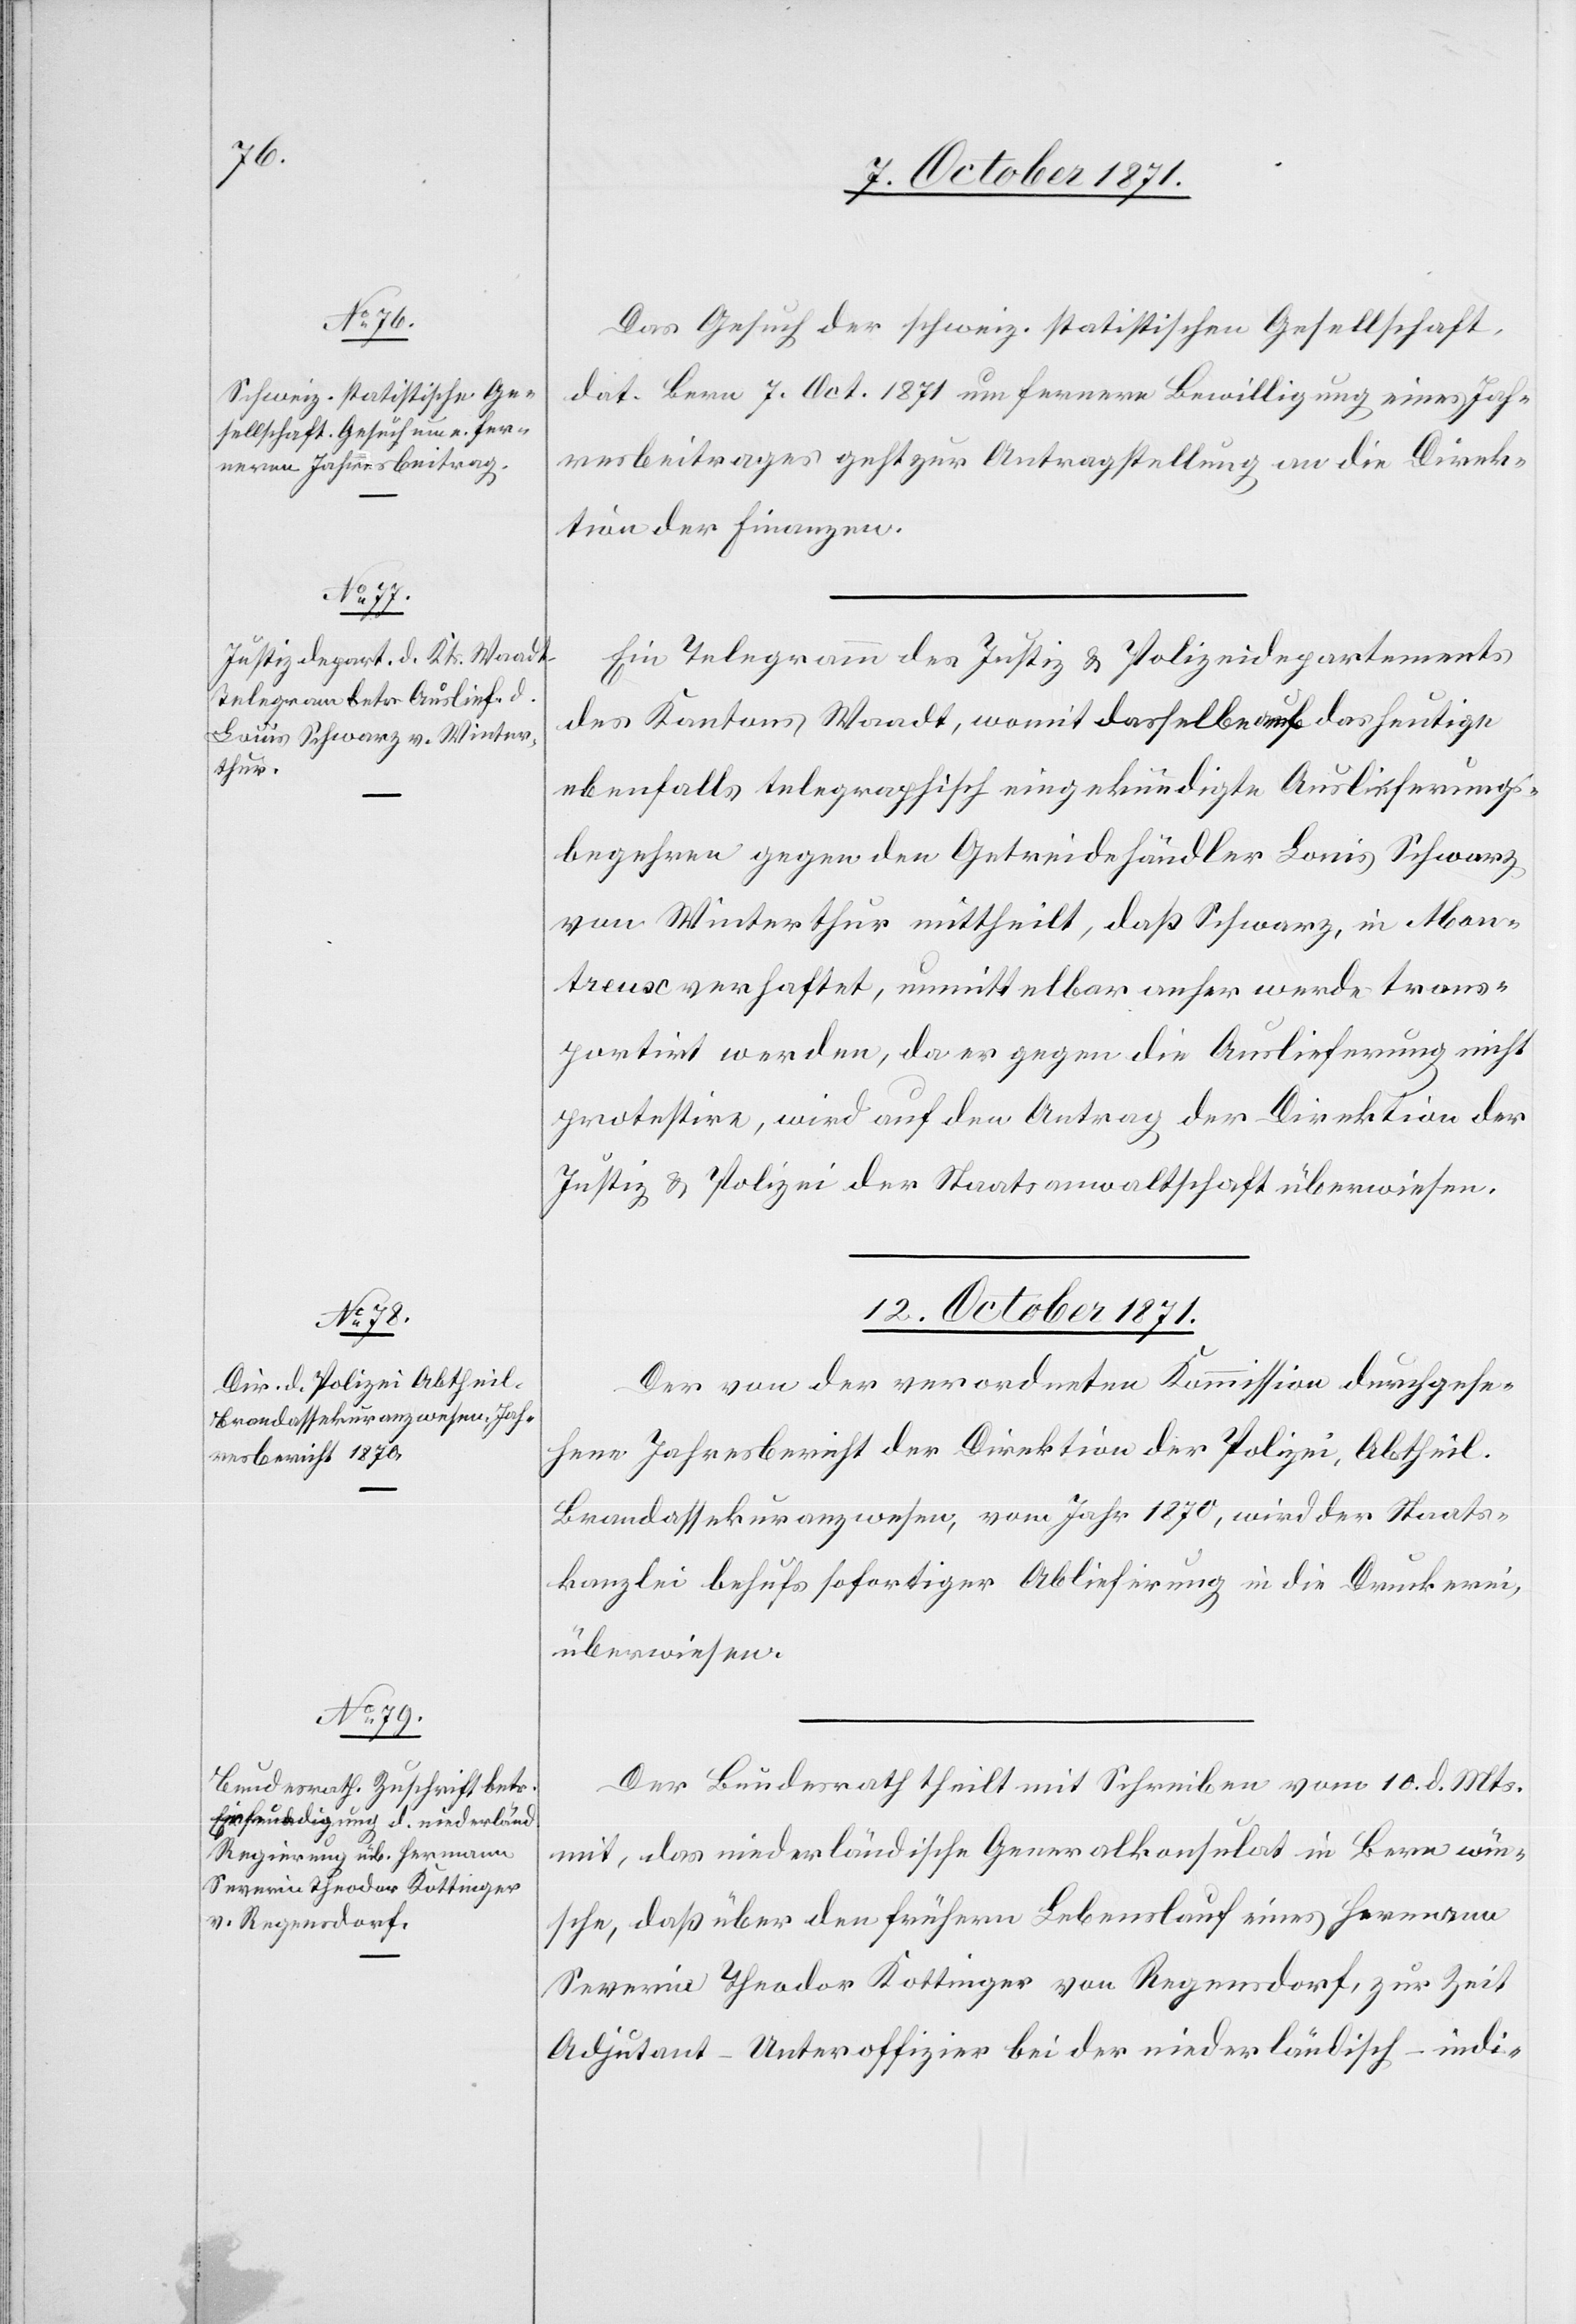
Das Gesuch der schweiz. statistischen Gesellschaft,
dat. Bern 7. Oct. 1871 um fernere Bewilligung eines Jah¬
resbeitrages geht zur Antragstellung an die Direk¬
tion der Finanzen.
Ein Telegramm des Justiz[-] & Polizeidepartements
des Kantons Waadt, womit dasselbe auf das heutige
ebenfalls telegraphisch eingekündigte Auslieferungs¬
begehren gegen den Getreidehändler Louis Schwarz
von Winterthur mittheilt, daß Schwarz, in Mon¬
treux verhaftet, unmittelbar anher werde trans¬
portirt werden, da er gegen die Auslieferung nicht
protestire, wird auf den Antrag der Direktion der
Justiz & Polizei der Staatsanwaltschaft überwiesen.
12. October 1871.]
Der von der verordneten Kommission durchgese¬
hene Jahresbericht der Direktion der Polizei, Abtheil.
Brandassekuranzwesen, vom Jahr 1870, wird der Staats¬
kanzlei behufs sofortiger Ablieferung in die Druckerei,
überwiesen.
Der Bundesrath theilt mit Schreiben vom 10. d. Mts.
mit, das niederländische Generalkonsulat in Bern wün¬
sche, daß über den frühern Lebenslauf eines Hermann
Severin Theodor Kottinger von Regensdorf, zur Zeit
Adjutant-Unteroffizier bei der niederländisch-indi-